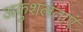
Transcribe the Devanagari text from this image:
अकुशलताएं